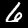
Label: 6